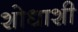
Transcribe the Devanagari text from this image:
शोधाशी